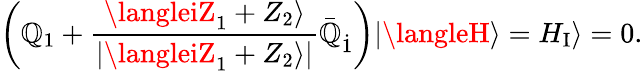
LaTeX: \left(\mathbb{Q}_{1}+\frac{{\langleiZ_{1}+Z_{2}\rangle}}{{|\langleiZ_{1}+Z_{2}\rangle|}}\bar{{\mathbb{Q}}}_{\dot{{1}}}\right)|\langleH\rangle=H_{\mathrm{{I}}}\rangle=0.